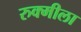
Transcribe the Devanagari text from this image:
रुक्मीला